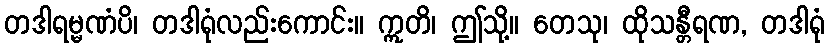
တဒါရမ္မဏံပိ၊ တဒါရုံလည်းကောင်း။ ဣတိ၊ ဤသို့။ တေသု၊ ထိုသန္တီရဏ, တဒါရုံ